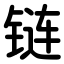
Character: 链